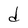
Character: d